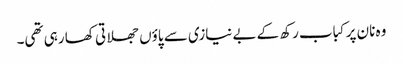
وہ نان پر کباب رکھ کے بے نیازی سے پاؤں جھلاتی کھا رہی تھی۔